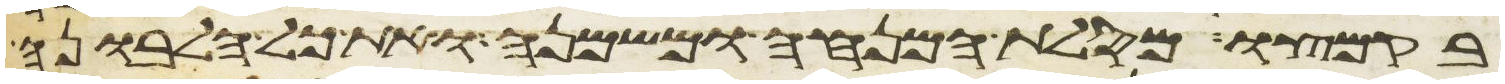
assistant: בקמצו מסלת המנחה ומשמנה ואת כל הלבונה